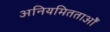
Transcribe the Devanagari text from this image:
अनियमितताओँ